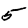
Digit: 5